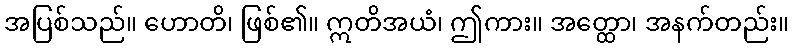
အပြစ်သည်။ ဟောတိ၊ ဖြစ်၏။ ဣတိအယံ၊ ဤကား။ အတ္ထော၊ အနက်တည်း။